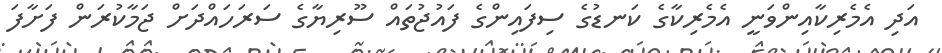
އަދި އެމެރިކާއިންވަނީ އެމެރިކާގެ ކަނޑުގެ ސިފައިންގެ ފައުޖުތައް ސޫރިޔާގެ ސަރަހައްދަށް ޖަމާކުރަން ފަށާފަ